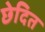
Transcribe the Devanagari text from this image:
छेदित